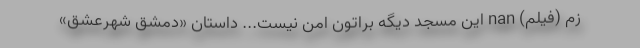
زم (فیلم) nan این مسجد دیگه براتون امن نیست... داستان «دمشق شهرعشق»